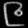
Digit: ၉